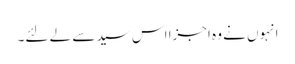
انہوں نے وہ اجزا اس سید سے لے لئے۔